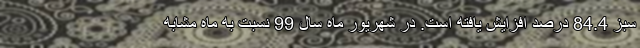
سبز 84.4 درصد افزایش یافته است. در شهریور ماه سال 99 نسبت به ماه مشابه